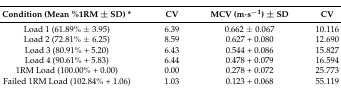
<table><thead><tr><td><b>Condition (Mean %1RM ± SD) *</b></td><td><b>CV</b></td><td><b>MCV (m·s<sup>−1</sup>) ± SD</b></td><td><b>CV</b></td></tr></thead><tbody><tr><td>Load 1 (61.89% ± 3.95)</td><td>6.39</td><td>0.662 ± 0.067</td><td>10.116</td></tr><tr><td>Load 2 (72.81% ± 6.25)</td><td>8.59</td><td>0.627 + 0.080</td><td>12.690</td></tr><tr><td>Load 3 (80.91% + 5.20)</td><td>6.43</td><td>0.544 + 0.086</td><td>15.827</td></tr><tr><td>Load 4 (90.61% + 5.83)</td><td>6.44</td><td>0.478 + 0.079</td><td>16.594</td></tr><tr><td>1RM Load (100.00% + 0.00)</td><td>0.00</td><td>0.278 + 0.072</td><td>25.773</td></tr><tr><td>Failed 1RM Load (102.84% + 1.06)</td><td>1.03</td><td>0.123 + 0.068</td><td>55.119</td></tr></tbody></table>